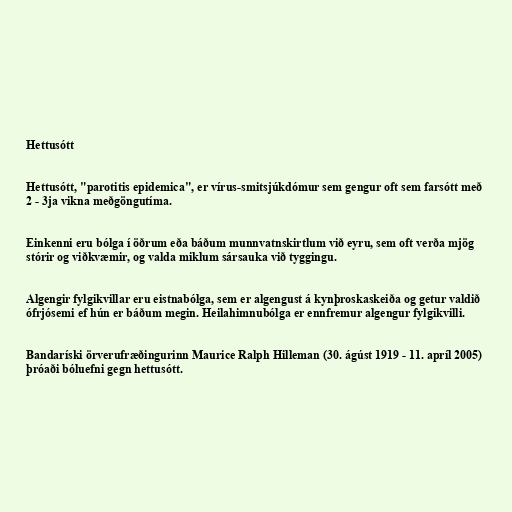
Hettusótt

Hettusótt, "parotitis epidemica", er vírus-smitsjúkdómur sem gengur oft sem farsótt með
2 - 3ja vikna meðgöngutíma.

Einkenni eru bólga í öðrum eða báðum munnvatnskirtlum við eyru, sem oft verða mjög
stórir og viðkvæmir, og valda miklum sársauka við tyggingu.

Algengir fylgikvillar eru eistnabólga, sem er algengust á kynþroskaskeiða og getur valdið
ófrjósemi ef hún er báðum megin. Heilahimnubólga er ennfremur algengur fylgikvilli.

Bandaríski örverufræðingurinn Maurice Ralph Hilleman (30. ágúst 1919 - 11. apríl 2005)
þróaði bóluefni gegn hettusótt.